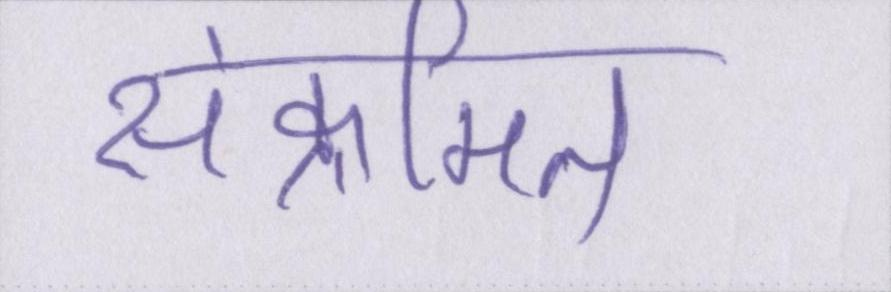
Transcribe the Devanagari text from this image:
संक्रमित